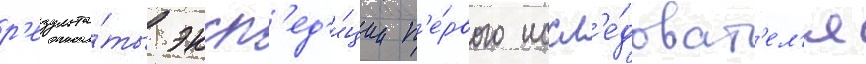
р'езульта́ты эксп'ед'и́ции п'е́рвого иссл'е́доват'ел'я